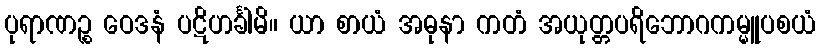
ပုရာဏဉ္စ ဝေဒနံ ပဋိဟင်္ခါမိ။ ယာ စာယံ အဓုနာ ကတံ အယုတ္တပရိဘောဂကမ္မူပစယံ